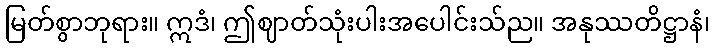
မြတ်စွာဘုရား။ ဣဒံ၊ ဤဈာတ်သုံးပါးအပေါင်းသ်ည။ အနုဿတိဋ္ဌာနံ၊